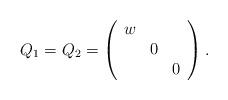
LaTeX: \begin{align*}Q_1=Q_2=\left(\begin{array}{ccc}w & & \\ & 0 & \\ & & 0\end{array} \right).\end{align*}